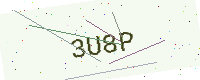
Text: 3U8P